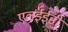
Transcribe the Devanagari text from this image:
एलईईडी